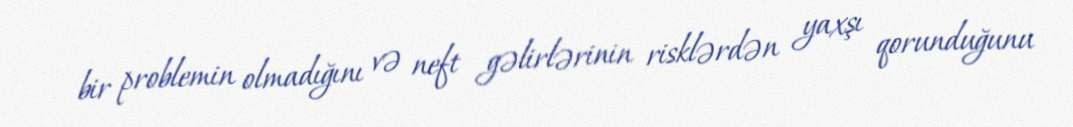
bir problemin olmadığını və neft gəlirlərinin risklərdən yaxşı qorunduğunu